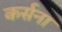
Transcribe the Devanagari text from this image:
कर्सना